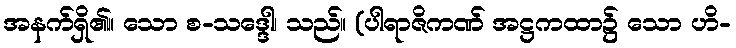
အနက်ရှိ၏။ သော စ-သဒ္ဒေါ၊ သည်။ (ပါရာဇိကဏ် အဋ္ဌကထာ၌ သော ဟိ-